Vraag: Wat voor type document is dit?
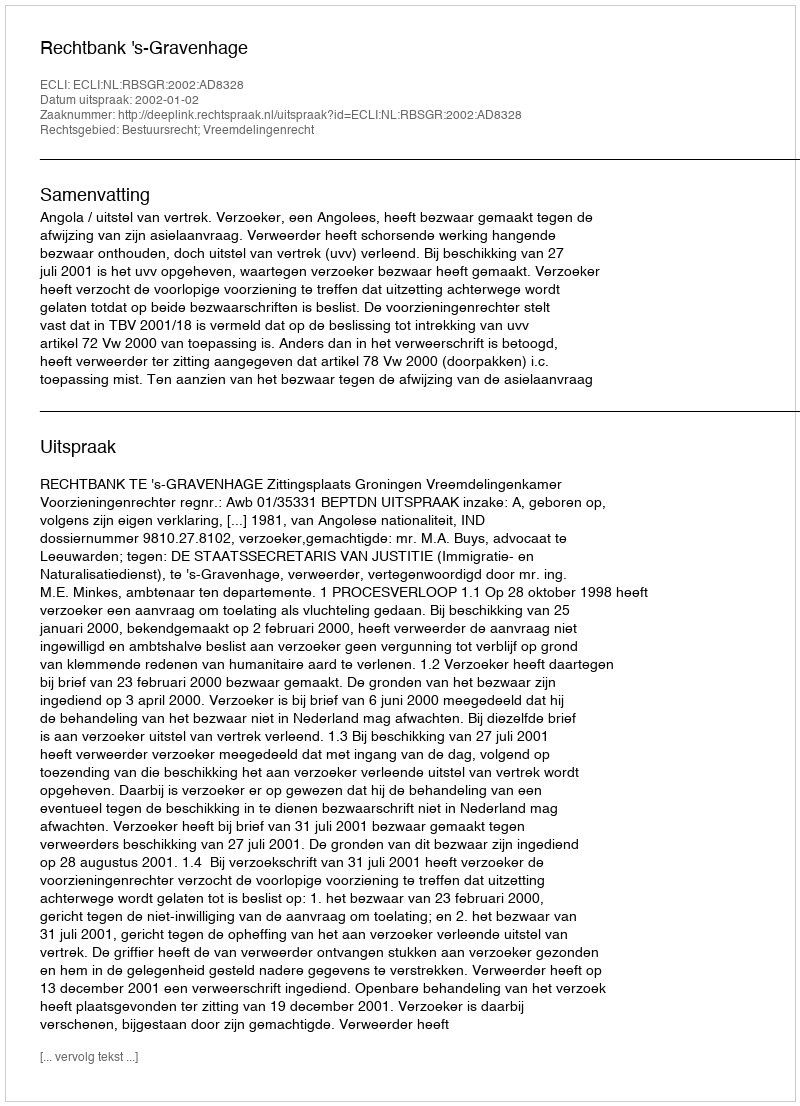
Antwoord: Uitspraak